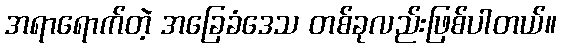
အရာရောက်တဲ့ အခြေခံဒေသ တစ်ခုလည်းဖြစ်ပါတယ်။